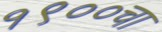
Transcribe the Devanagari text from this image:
१९००चा